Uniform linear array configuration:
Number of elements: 16
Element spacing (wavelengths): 1
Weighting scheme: hamming
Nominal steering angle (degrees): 60
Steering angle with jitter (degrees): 60.069
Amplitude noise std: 0.05
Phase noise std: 0.05

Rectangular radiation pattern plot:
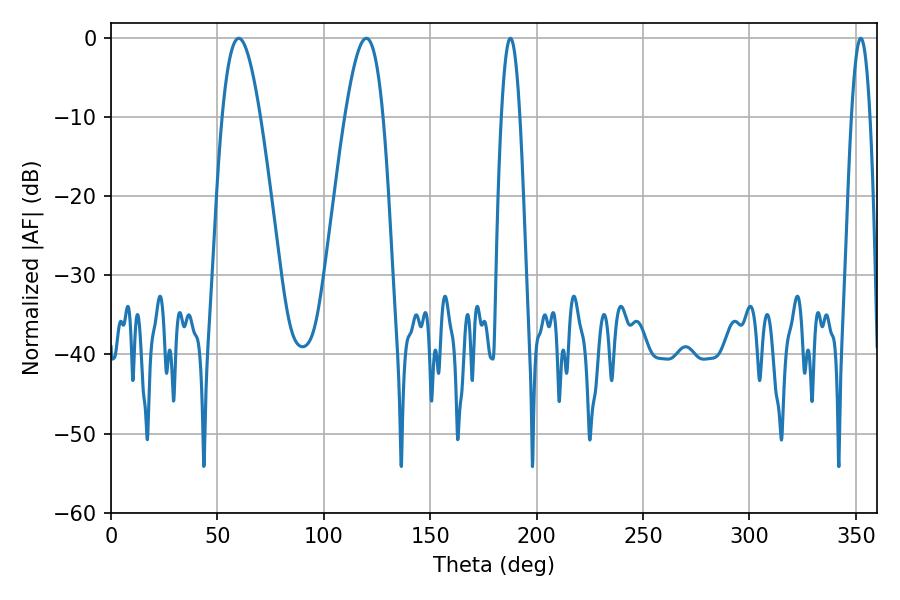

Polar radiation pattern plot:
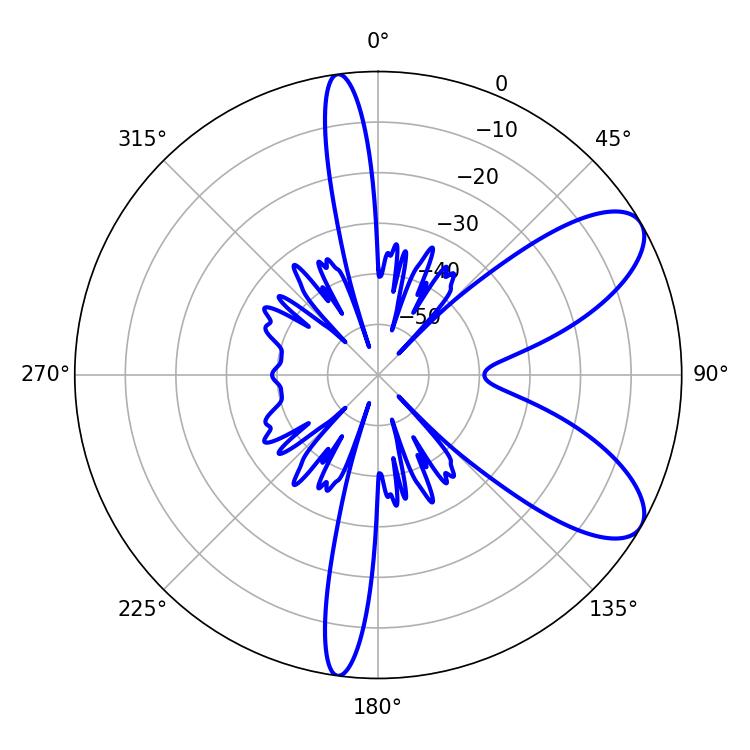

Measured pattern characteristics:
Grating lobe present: TRUE
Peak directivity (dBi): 8.295
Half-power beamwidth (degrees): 9.72
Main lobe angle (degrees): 59.94